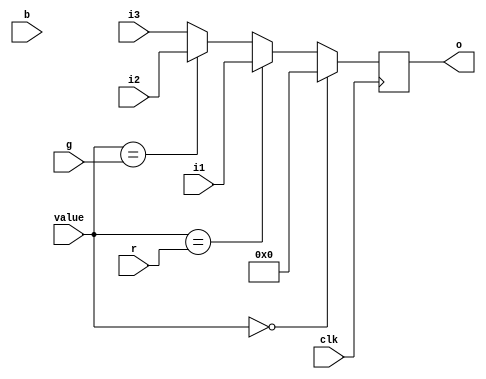
`timescale 1ns / 1ps
//////////////////////////////////////////////////////////////////////////////////
// Company: 
// 
// Design Name: 
// Module Name:    mux4 
// Project Name: 
// Target Devices: 
// Tool versions: 
// Description: 
//
// Dependencies: 
//
// Revision: 
// Revision 0.01 - File Created
// Additional Comments: 
//
//////////////////////////////////////////////////////////////////////////////////
module mux4( //wybiera wejscie w zaleznosci od wartosci V i RGB
	input clk,
	
	input [11:0] i1,
	input [11:0] i2,
	input [11:0] i3,
	
	input [9:0] r,
	input [9:0] g,
	input [9:0] b,
	input [9:0] value,
	
	output [11:0] o
    );

reg [11:0] tmp;

always @(posedge clk)
begin
	if(value == 10'b0) begin
		tmp = 12'b0;
	end
	else if (value == r) begin
		tmp = i1;
	end
	else if (value == g) begin
		tmp = i2;
	end
	else begin
		tmp = i3;
	end
end

assign o = tmp;

endmodule